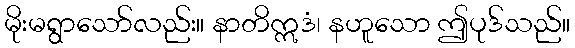
မိုးမရွာသော်လည်း။ နာတိဣဒံ၊ နဟူသော ဤပုဒ်သည်။